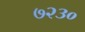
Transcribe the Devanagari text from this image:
७२३०